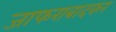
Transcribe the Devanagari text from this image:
जाफराबादकर